Report of the Indian Hemp Drugs Commission, 1894-1895 - Volume V
Year: 1894
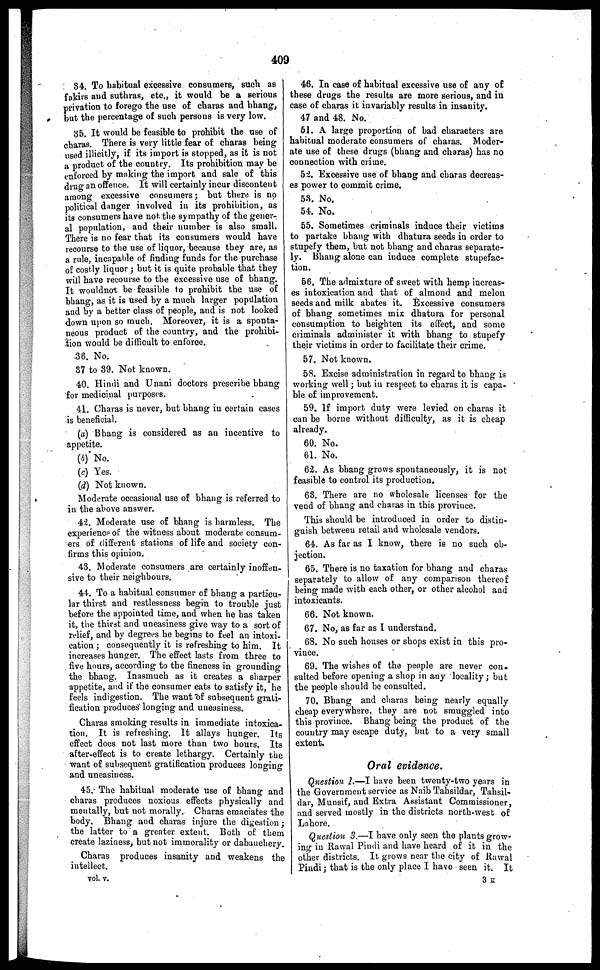
409
34. To habitual excessive consumers, such as
fakirs and suthras, etc., it would be a serious
privation to forego the use of charas and bhang,
but the percentage of such persons is very low.
35. It would be feasible to prohibit the use of
charas. There is very little fear of charas being
used illicitly, if its import is stopped, as it is not
a product of the country. Its prohibition may be
enforced by making the import and sale of this
drug an offence. It will certainly incur discontent
among excessive consumers; but there is no
political danger involved in its prohibition, as
its consumers have not the sympathy of the gener-
al population, and their number is also small.
There is no fear that its consumers would have
recourse to the use of liquor, because they are, as
a rule, incapable of finding funds for the purchase
of costly liquor; but it is quite probable that they
will have recourse to the excessive use of bhang.
It wouldnot be feasible to prohibit the use of
bhang, as it is used by a much larger population
and by a better class of people, and is not looked
down upon so much. Moreover, it is a sponta-
neous product of the country, and the prohibi-
tion would be difficult to enforce.
36. No.
37 to 39. Not known.
40. Hindi and Unani doctors prescribe bhang
for medicinal purposes.
41. Charas is never, but bhang in certain cases
is beneficial.
(a) Bhang is considered as an incentive to
appetite.
(4) No.
(c) Yes.
(d) Not known.
Moderate occasional use of bhang is referred to
in the above answer.
42. Moderate use of bhang is harmless. The
experience of the witness about moderate consum-
ers of different stations of life and society con-
firms this opinion.
43. Moderate consumers are certainly inoffen-
sive to their neighbours.
44. To a habitual consumer of bhang a particu-
lar thirst and restlessness begin to trouble just
before the appointed time, and when he has taken
it, the thirst and uneasiness give way to a sort of
relief, and by degrees he begins to feel an intoxi-
cation; consequently it is refreshing to him. It
increases hunger. The effect lasts from three to
five hours, according to the fineness in grounding
the bhang. Inasmuch as it creates a sharper
appetite, and if the consumer eats to satisfy it, he
feels indigestion. The want of subsequent grati-
fication produces' longing and uneasiness.
Charas smoking results in immediate intoxica-
tion. It is refreshing. It allays hunger. Its
effect does not last more than two hours. Its
after-effect is to create lethargy. Certainly the
want of subsequent gratification produces longing
and uneasiness.
45. The habitual moderate use of bhang and
charas produces noxious effects physically and
mentally, but not morally. Charas emaciates the
body. Bhang and charas injure the digestion;
the latter to a greater extent. Both of them
create laziness, but not immorality or dabauchery.
Charas produces insanity and weakens the
intellect.
vol. v.
46. In case of habitual excessive use of any of
these drugs the results are more serious, and in
case of charas it invariably results in insanity.
47 and 48. No.
61. A large proportion of bad characters are
habitual moderate consumers of charas. Moder-
ate use of these drugs (bhang and charas) has no
connection with crime.
52. Excessive use of bhang and charas decreas-
es power to commit crime.
58. No.
54. No.
55. Sometimes criminals induce their victims
to partake bhang with dhatura seeds in order to
stupefy them, but not bhang and charas separate-
ly. Bhang alone can induce complete stupefac-
tion.
56. The admixture of sweet with hemp increas-
es intoxication and that of almond and melon
seeds and milk abates it. Excessive consumers
of bhang sometimes mix dhatura for personal
consumption to heighten its effect, and some
criminals administer it with bhang to stupefy
their victims in order to facilitate their crime.
57. Not known.
5S. Excise administration in regard to bhang is
working well; but in respect to charas it is capa-
ble of improvement.
59. If import duty were levied on charas it
can be borne without difficulty, as it is cheap
already.
60. No.
61. No.
62. As bhang grows spontaneously, it is not
feasible to control its production.
68. There are no wholesale licenses for the
vend of bhang and charas in this province.
This should be introduced in order to distin-
guish between retail and wholesale vendors.
64. As far as I know, there is no such ob-
jection.
65. There is no taxation for bhang and charas
separately to allow of any comparison thereof
being made with each other, or other alcohol and
intoxicants.
66. Not known.
67. No, as far as I understand.
68. No such houses or shops exist in this pro-
vince.
69. The wishes of the people are never con-
sulted before opening a shop in any locality; but
the people should be consulted.
70. Bhang and charas being nearly equally
cheap everywhere, they are not smuggled into
this province. Bhang being the product of the
country may escape duty, but to a very small
extent.
Oral evidence.
Question 1.—I have been twenty-two years in
the Government service as Naib Tahsildar, Tahsil-
dar, Munsif, and Extra Assistant Commissioner,
and served mostly in the districts north-west of
Lahore.
Question 3.—I have only seen the plants grow-
ing in Rawal Pindi and have heard of it in the
other districts. It grows near the city of Rawal
Pindi; that is the only place I have seen it. It
3 K